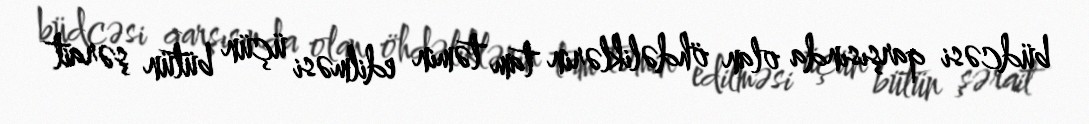
büdcəsi qarşısında olan öhdəliklərin tam təmin edilməsi üçün bütün şərait